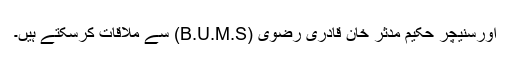
اورسنیچر حکیم مدثر خان قادری رضوی (B.U.M.S) سے ملاقات کرسکتے ہیں۔